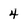
Character: 4